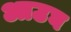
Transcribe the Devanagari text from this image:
आउघ